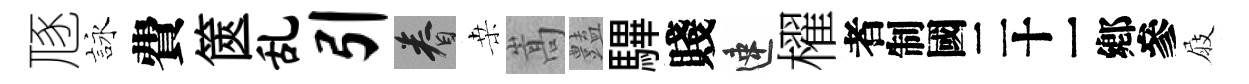
豗詠費篋乱引眷桒嵩𧰟驆賤速櫂识屐